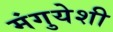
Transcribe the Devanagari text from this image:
मंगुयेशी